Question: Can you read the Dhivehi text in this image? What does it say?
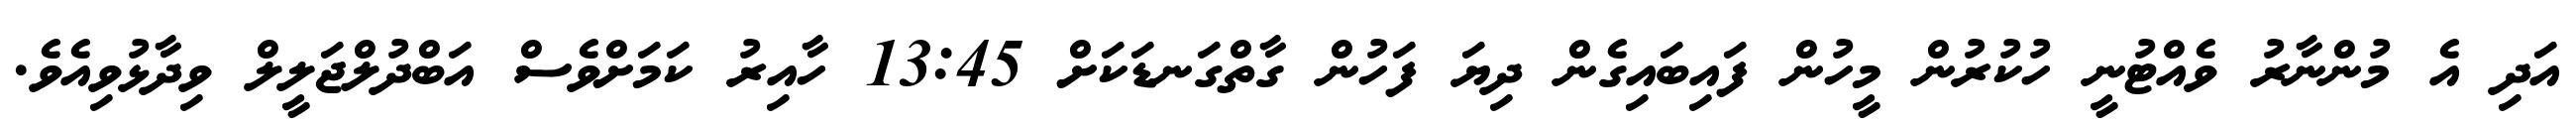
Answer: އަދި އެ މުންނާރު ވެއްޓުނީ ހުކުރުން މީހުން ފައިބައިގެން ދިޔަ ފަހުން ގާތްގަނޑަކަށް 13:45 ހާއިރު ކަމަށްވެސް އަބްދުލްޖަލީލް ވިދާޅުވިއެވެ.